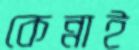
কেন্নাই